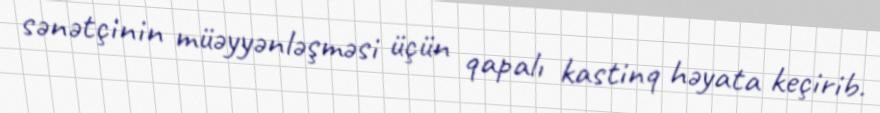
sənətçinin müəyyənləşməsi üçün qapalı kastinq həyata keçirib.